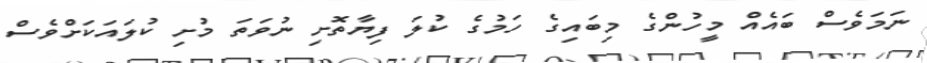
ނަމަވެސް ބައެއް މީހުންގެ މިބައިގެ ހަމުގެ ކުލަ ފިޔާތޮށި ނުވަތަ މުށި ކުލައަކަށްވެސް